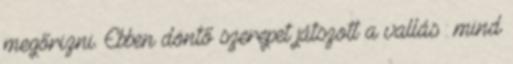
megőrizni. Ebben döntő szerepet játszott a vallás : mind